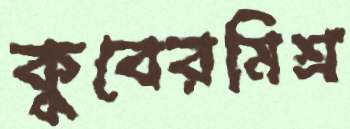
কুবেরমিশ্র